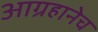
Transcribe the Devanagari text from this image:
आग्रहानेच